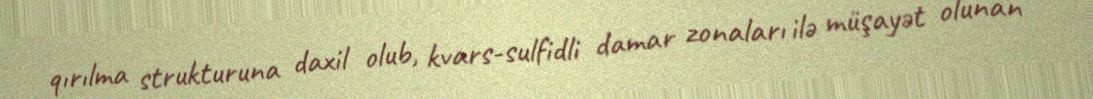
qırılma strukturuna daxil olub, kvars-sulfidli damar zonaları ilə müşayət olunan